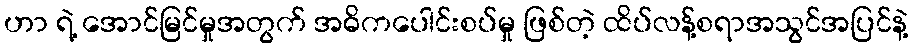
ဟာ ရဲ့ အောင်မြင်မှုအတွက် အဓိကပေါင်းစပ်မှု ဖြစ်တဲ့ ထိပ်လန့်စရာအသွင်အပြင်နဲ့